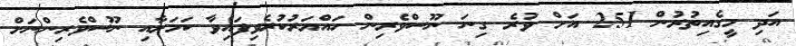
އަދި މީގެއިތުރުން 251 އަށް ވުރެ ގިނަ ނޫސްވެރިން ހައްޔަރުކުރެވިފައިވާ ކަމަށާއި ނޫސްވެރިންނަށް